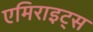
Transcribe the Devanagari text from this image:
एमिराइट्स